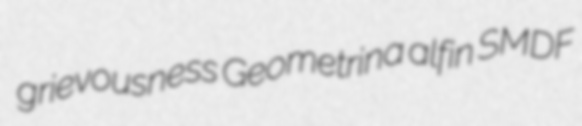
grievousness Geometrina alfin SMDF